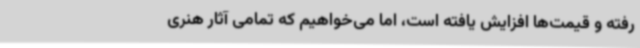
رفته و قیمت‌ها افزایش یافته است، اما می‌خواهیم که تمامی آثار هنری